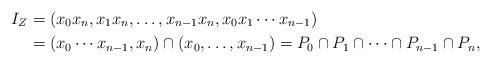
LaTeX: \begin{align*}I_{Z} & = (x_0x_n, x_1x_n, \ldots, x_{n-1}x_n, x_0x_1 \cdots x_{n-1}) \\ & = (x_0 \cdots x_{n-1},x_n) \cap (x_0, \ldots, x_{n-1}) = P_0 \cap P_1 \cap \cdots \cap P_{n-1} \cap P_n,\end{align*}